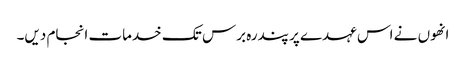
انھوں نے اس عہدے پر پندرہ برس تک خدمات انجام دیں۔